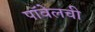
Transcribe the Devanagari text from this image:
पॉवेलची